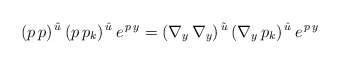
\begin{align*}(p\,p)^{\,\tilde u}\,(p\,p_{k})^{\,\hat u}\,e^{\,p\,y}=(\nabla_{y}\,\nabla_{y})^{\,\tilde u}\,(\nabla_{y}\,p_{k})^{\,\hat u}\,e^{\,p\,y}\end{align*}